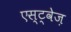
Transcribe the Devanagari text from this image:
एस्ट्वेज़